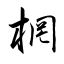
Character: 棢